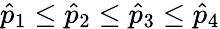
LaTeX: \hat{p}_{1}\leq\hat{p}_{2}\leq\hat{p}_{3}\leq\hat{p}_{4}